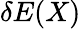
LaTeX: \delta E(X)